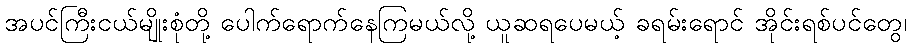
အပင်ကြီးငယ်မျိုးစုံတို့ ပေါက်ရောက်နေကြမယ်လို့ ယူဆရပေမယ့် ခရမ်းရောင် အိုင်းရစ်ပင်တွေ၊